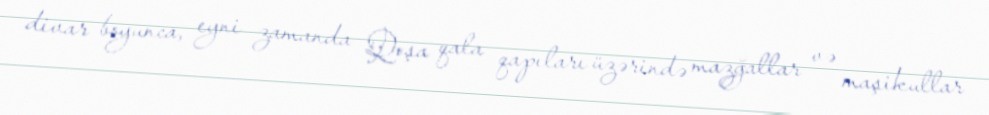
divar boyunca, eyni zamanda Qoşa qala qapıları üzərində mazğallar və maşikullar